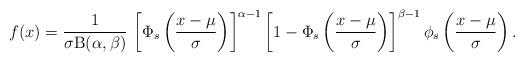
LaTeX: \begin{align*}f(x)=\frac{1}{\sigma\mathrm{B}(\alpha,\beta)}\,\left[\Phi_s\left(\frac{x-\mu}{\sigma}\right)\right]^{\alpha-1}\left[1-\Phi_s\left(\frac{x-\mu}{\sigma}\right)\right]^{\beta-1}\phi_s\left(\frac{x-\mu}{\sigma}\right).\end{align*}